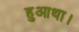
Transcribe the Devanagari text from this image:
हुआथा।